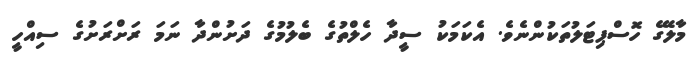
މާލޭގެ ހޮސްޕިޓަލުތަކުންނެވެ. އެކަމަކު ސީދާ ހެލްތުގެ ބެލުމުގެ ދަށުންދާ ނަމަ ރަށްރަށުގެ ސިއްހީ